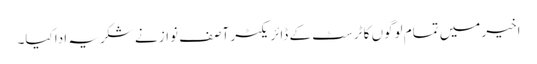
اخیر میں تمام لوگوں کا ٹرسٹ کے ڈائریکٹر آصف نواز نے شکریہ ادا کیا۔